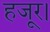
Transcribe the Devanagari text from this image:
हजूर।